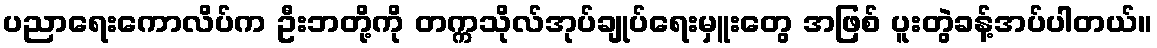
ပညာရေးကောလိပ်က ဦးဘတို့ကို တက္ကသိုလ်အုပ်ချုပ်ရေးမှူးတွေ အဖြစ် ပူးတွဲခန့်အပ်ပါတယ်။